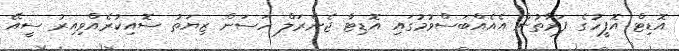
އޮޑިޓް އޮފީހުގެ ފަރާތުން އެއެއްބަސްވުމުގައި އޮޑިޓާ ޖެނެރަލް ހަސަން ޒިޔަތު ސޮއިކުރެއްވިއިރު ސީއޭ